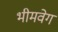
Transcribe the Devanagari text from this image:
भीमवेग